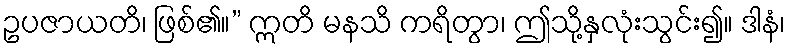
ဥပဇာယတိ၊ ဖြစ်၏။” ဣတိ မနသိ ကရိတွာ၊ ဤသို့နှလုံးသွင်း၍။ ဒါနံ၊